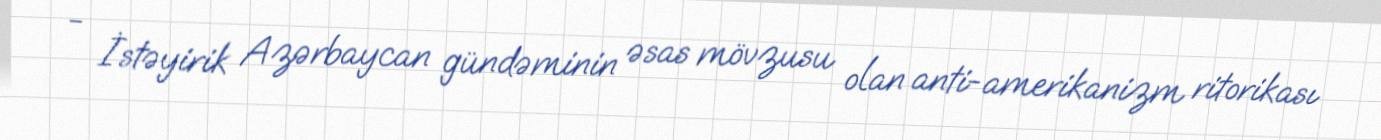
- İstəyirik Azərbaycan gündəminin əsas mövzusu olan anti-amerikanizm ritorikası